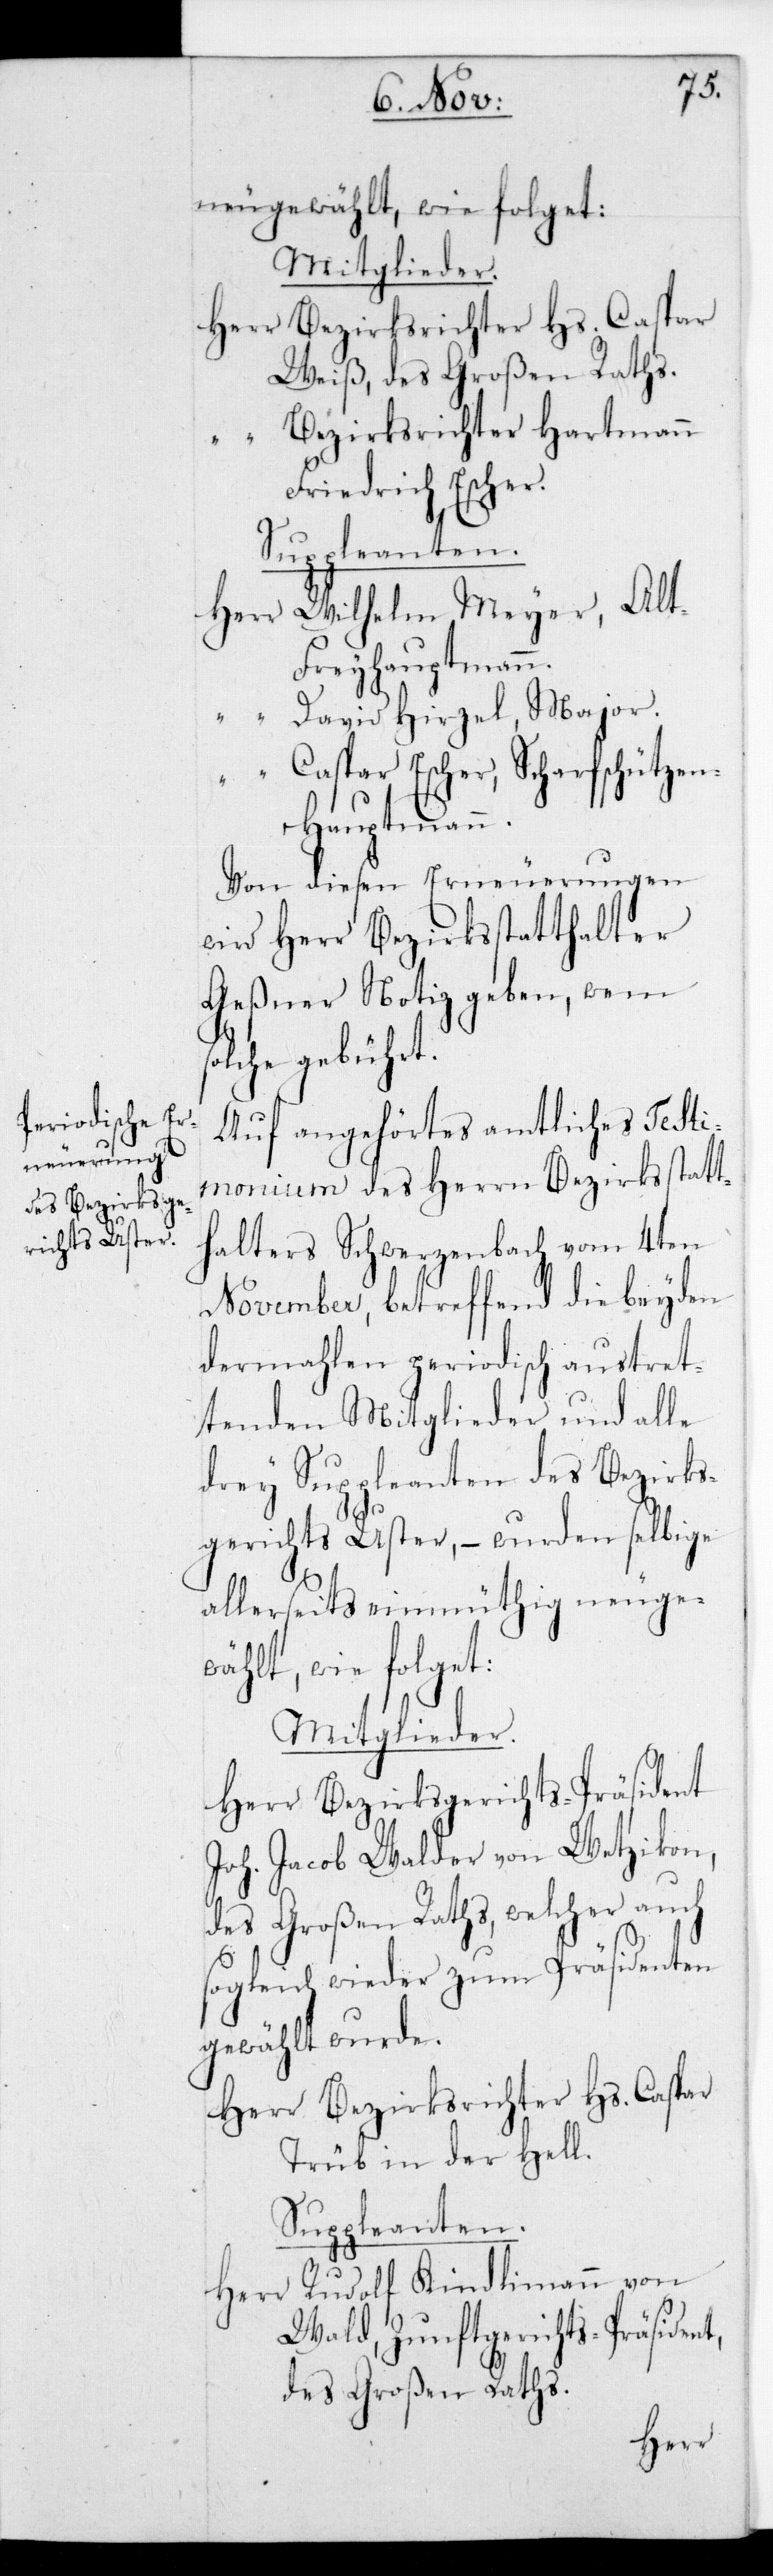
neugewählt, wie folget:
Mitglieder.
Herr Bezirksrichter Hs. Caspar
Weiß, des Großen Raths.
“ Bezirksrichter Hartmann
Friedrich Escher.
Wilhelm Meyer, Al¬
t-Freyhauptmann.
“ David Hirzel, Major.
“ Caspar Escher, Scharfschützen¬
hauptmann.
Von diesen Erneuerungen
wird Herr Bezirksstatthalter
Geßner Notiz geben, wem s¬
olche gebührt.
Auf angehörtes amtliches Testi¬
monium des Herrn Bezirksstatt¬
halters Schwerzenbach vom 4ten
November, betreffend die beyden
dermahlen periodisch austret¬
tenden Mitglieder und alle
drey Suppleanten des Bezirks¬
gerichts Uster, – wurden selbige
allerseits einmüthig neuge¬
wählt, wie folget:
Mitglieder.
Herr Bezirksgerichts-Präsident
Joh. Jacob Walder von Wetzikon,
des Großen Raths, welcher auch
sogleich wieder zum Präsidenten
gewählt wurde.
Herr Bezirksrichter Hs. Caspar
Trüb in der Hell.
Suppleanten.
Herr Rudolf Kindlimann von
Wald, Zunftgerichts-Präsident,
des Großen Raths.
Herr